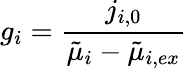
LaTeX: g_{i}=\frac{j_{i,0}}{\tilde{\mu}_{i}-\tilde{\mu}_{i,ex}}